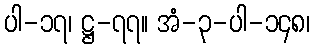
ပါ-၁၇၊ ဋ္ဌ-၇၇။ အံ-၃-ပါ-၁၄၈၊